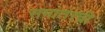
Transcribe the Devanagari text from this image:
समांतरची